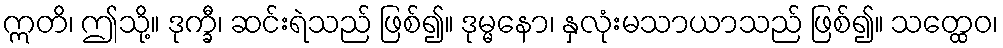
ဣတိ၊ ဤသို့။ ဒုက္ခီ၊ ဆင်းရဲသည် ဖြစ်၍။ ဒုမ္မနော၊ နှလုံးမသာယာသည် ဖြစ်၍။ သတ္ထေဝ၊